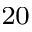
^ { 2 0 }